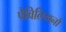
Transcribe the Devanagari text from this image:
पैविलियनों